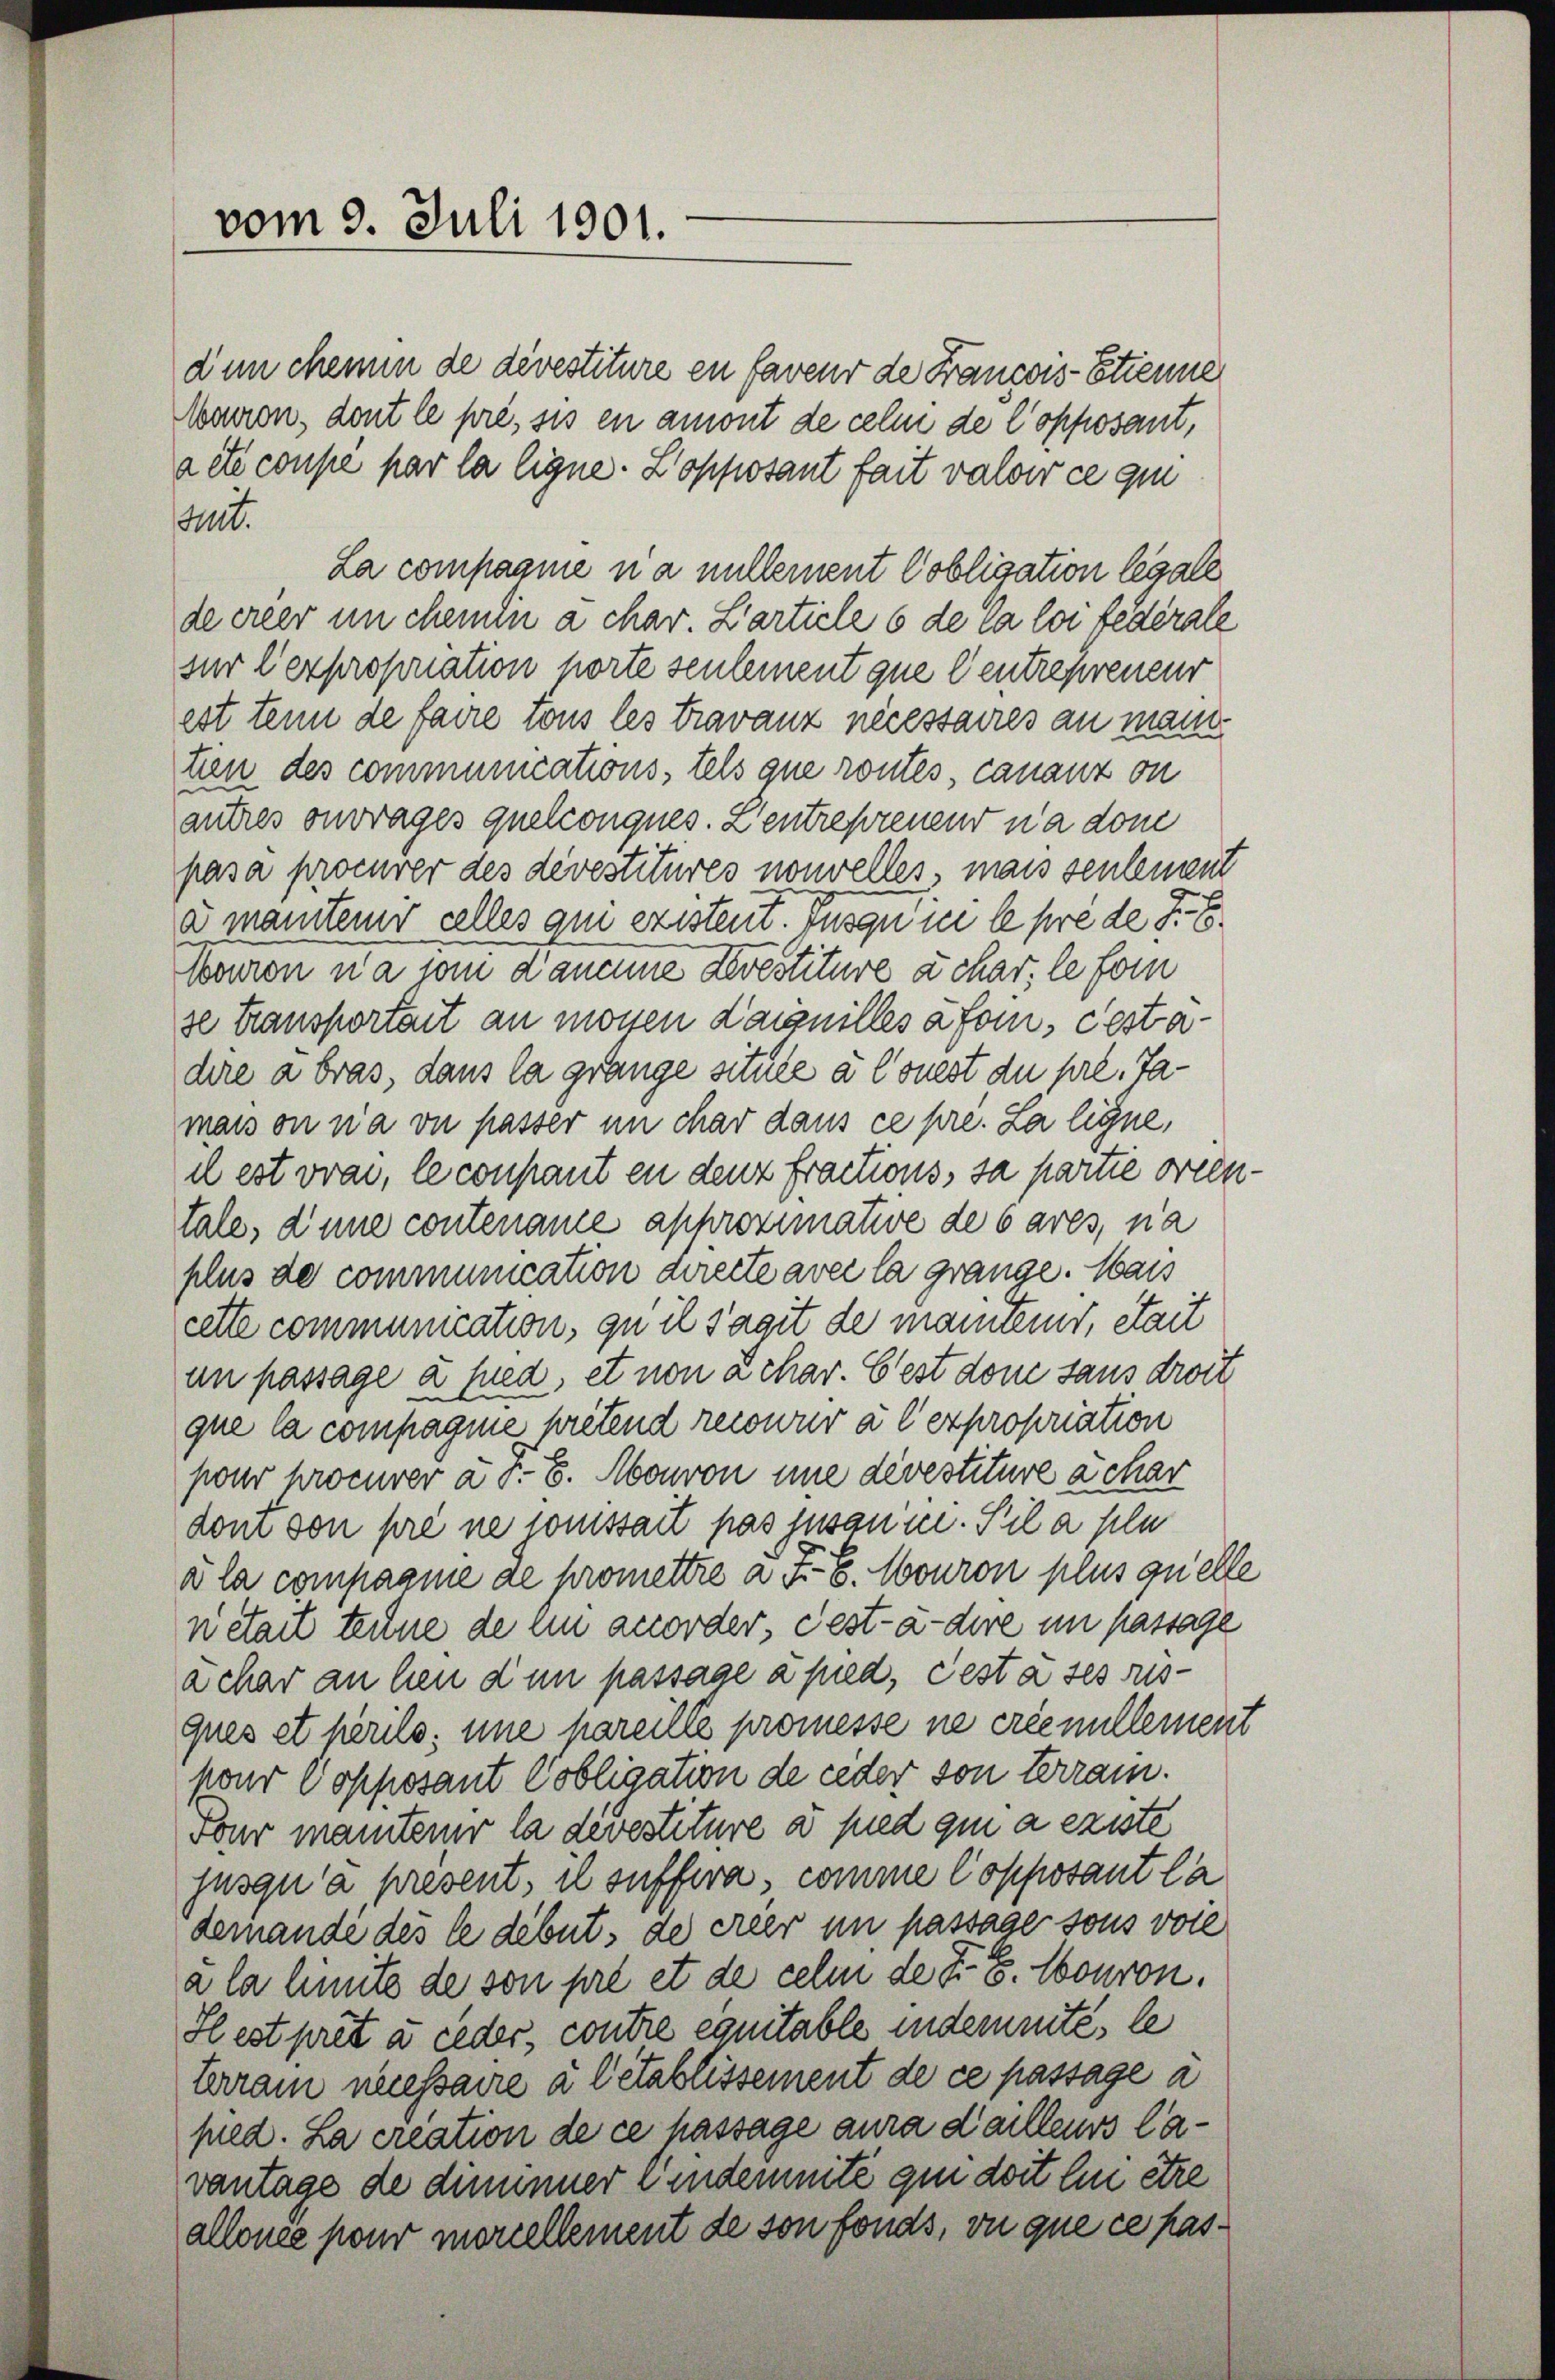
vom 9. Juli 1901.

dum chem de devestiture en faveur de Francois-Etienne
Mauren, dont le pré, sis en amont de cele de l’opposant,
acte coupe par la ligne-Lopposant fait valoir ce qu
uit.
La compagnie na nullement Cobligation legale
deereer un chem a char. Zarticle 6 de ca loi fédérale
sur l’expropriation porte seulement que Centrepreneur
est tenn de faire tous les travanz necessaires an mann
tien des communications-tels que routes, cananz on
autres ouvrages quelconques. Zentrepreneur n’a dom
pasa procurer des devestitures nouvelles, mais seulement
a mantenir celles ain existent. Tusquie le prede Sr. E
Touren na von d’aucune Devestiture a char, le for
se transportait an mossen daignilles afom, destadire a bras, dans la grange située à l’ouest du pre. Ja-
maison na ou passer in char dans ce pre. La ligne,
il est vvai, le coupant en denz fractions, sa partie orien
tale, d’une contenaue aphroximative de bares, na
plus de communication directe avec la grange. Mais
cette communication, qu il Tagit de maniteres, était
in passage à fried, et non a char. Cest dome sans droit
que la compagnie pretend recowur à l’expropriation
pour procurer à 5. 6. Monvon eine devestiture ächar
dom son pré ne souissait pas jusaum. Stil a pla
d la compagnie de promettre à Fr. 6. Mouron plus quelle
nétait teune de ein anorder, Fest-à-dire im passage
achar an hen den passage a pied, Pest à ses rusques et perils; une pareille promesse ne créenillement
hour Copposant Pobligation de jeder von Terrain.
Four maniterer la devestiture a pied qui a existe
jusqu’à present, il suffira, comme Copposant la
demandé des le debet, de crier in passage sous vore
a la heute de son pre et de cele de d. G. Couron.
Hest pret a ceder, contre eguitable indemnité, le
Errain necessaire a Cétablissement de ce passage a
pied. La creation de ce passage aura d’ailleurs lavantage de diminuer eindemnité qui doit lui être
allence pour moriellement de son fonds, vu que ce pas¬